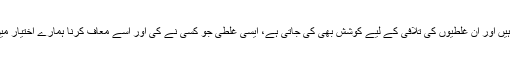
زندگی میں انسان سے غلطیاں ہوتی ہیں اور ان غلطیوں کی تلافی کے لیے کوشش بھی کی جاتی ہے، ایسی غلطی جو کسی نے کی اور اسے معاف کرنا ہمارے اختیار میں ہے تو اسے معاف کردینا چاہیے۔